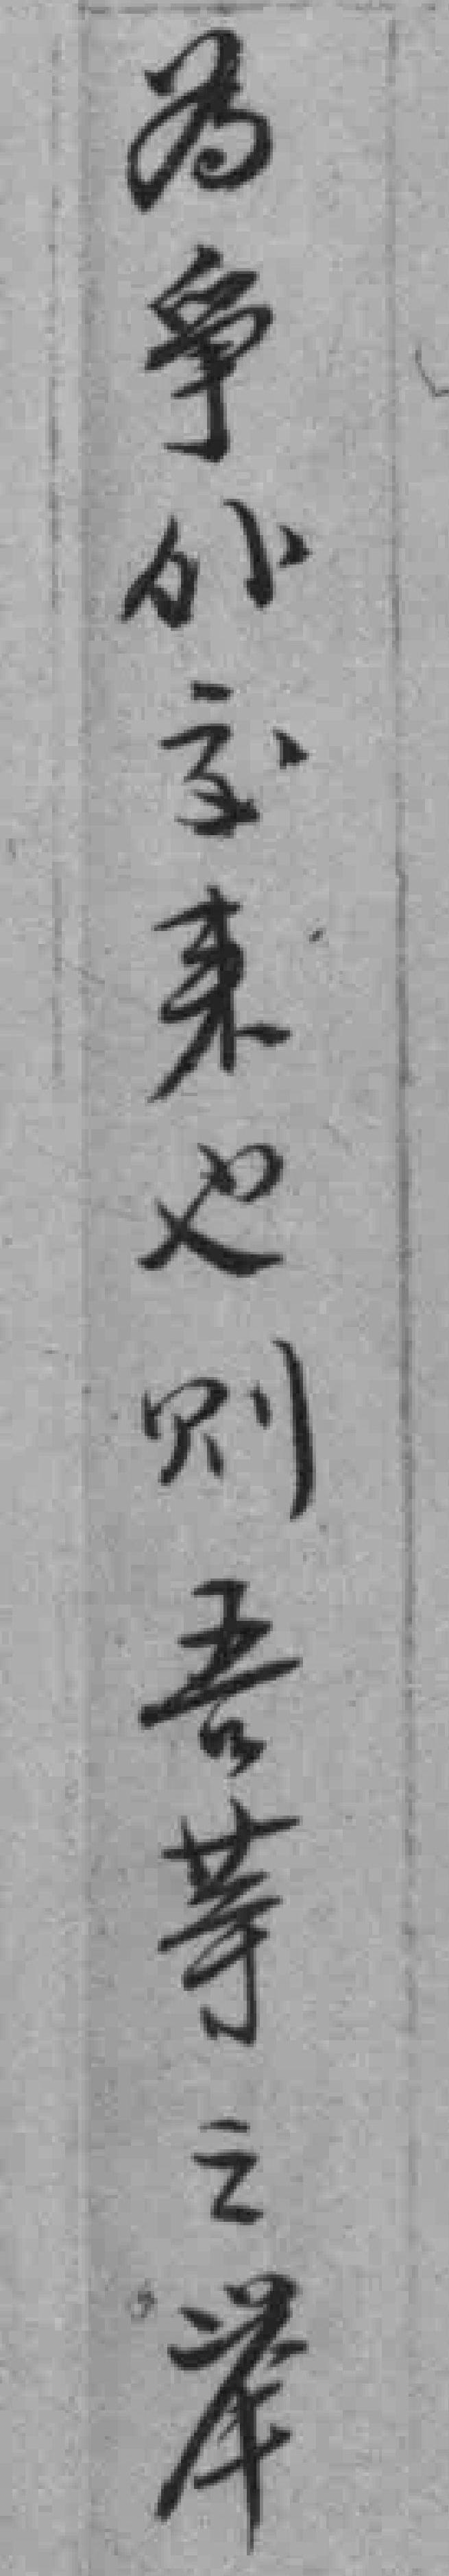
为爭外交来也则吾等之举